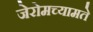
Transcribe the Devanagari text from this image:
जेरोमच्यामते